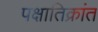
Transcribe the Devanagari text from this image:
पक्षातिक्रांत